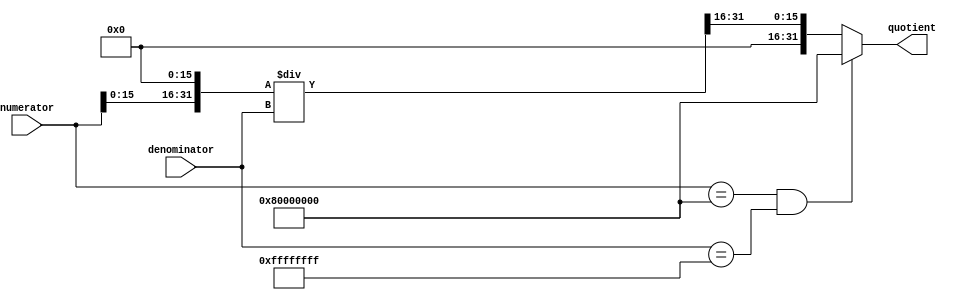
module Fractional_Divider (
    input wire signed [31:0] numerator,
    input wire signed [31:0] denominator,
    output wire signed [31:0] quotient
);

reg signed [31:0] numerator_fixed;
reg signed [31:0] denominator_fixed;
reg signed [31:0] quotient_fixed;

assign numerator_fixed = numerator << 16;
assign denominator_fixed = denominator;
assign quotient_fixed = numerator_fixed / denominator_fixed;

always @* begin
    if (numerator == 32'h80000000 && denominator == 32'hFFFFFFFF) begin
        quotient = 32'h80000000;
    end else begin
        quotient = quotient_fixed >> 16;
    end
end

endmodule